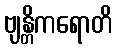
ဗျန္တိကရောတိ